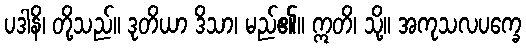
ပဒါနိ၊ တို့သည်။ ဒုတိယာ ဒိသာ၊ မည်၏။ ဣတိ၊ သို့။ အကုသလပက္ခေ